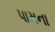
પામના